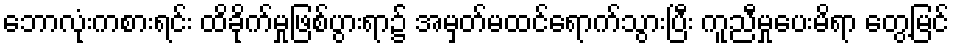
ဘောလုံးကစားရင်း ထိခိုက်မှုဖြစ်ပွားရာ၌ အမှတ်မထင်ရောက်သွားပြီး ကူညီမှုပေးမိရာ တွေ့မြင်